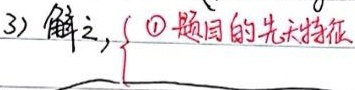
3) 解之，$\begin{cases}\text{\textcircled{1} 题目的先求特征}\end{cases}$